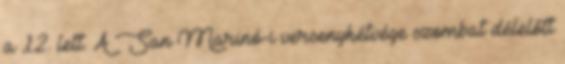
a 12. lett. A San Marinó-i versenyhétvége szombat délelőtt